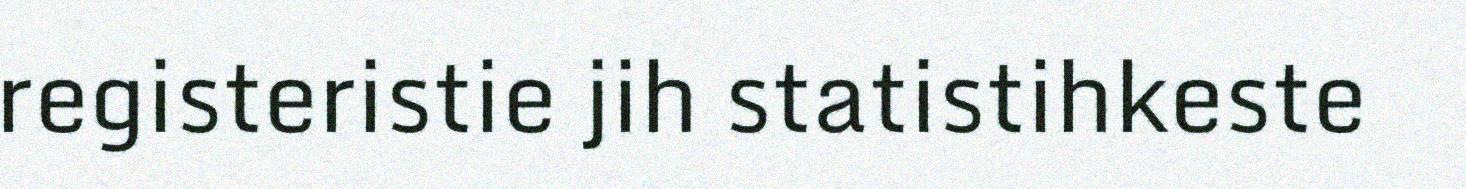
registeristie jih statistihkeste